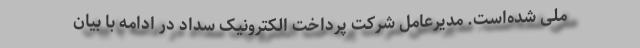
ملی شده‌است. مدیرعامل شرکت پرداخت الکترونیک سداد در ادامه با بیان